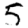
Digit: 5